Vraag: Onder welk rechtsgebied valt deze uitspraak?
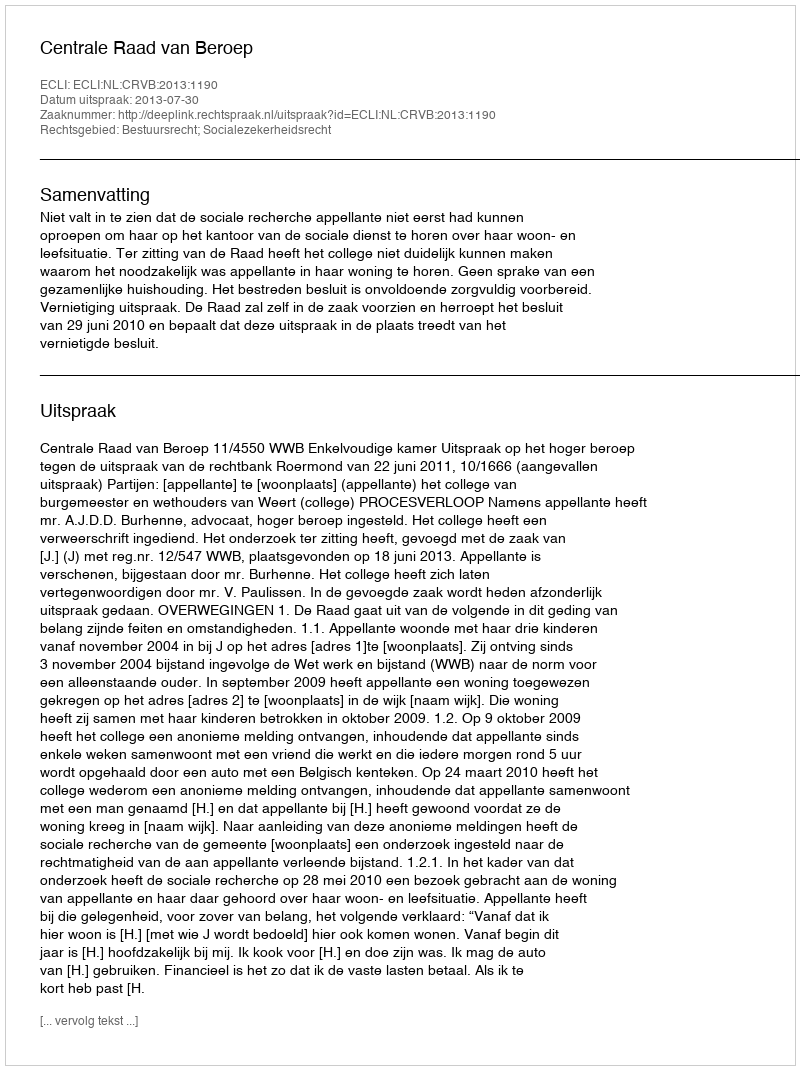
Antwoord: Bestuursrecht; Socialezekerheidsrecht